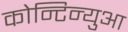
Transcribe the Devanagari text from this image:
कोन्टिन्युआ